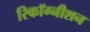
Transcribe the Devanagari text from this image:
रिकॉग्नीशन